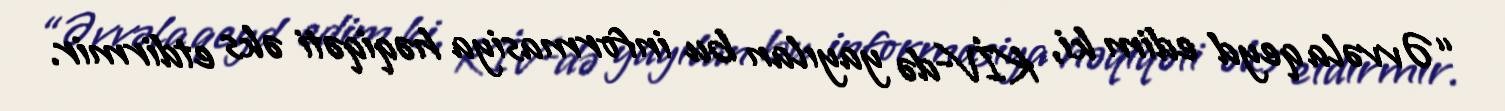
“Əvvəla qeyd edim ki, KİV-də yayılan bu informasiya həqiqəti əks etdirmir.